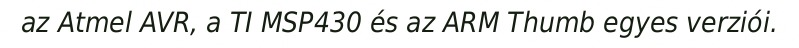
az Atmel AVR, a TI MSP430 és az ARM Thumb egyes verziói.